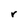
Character: r